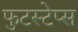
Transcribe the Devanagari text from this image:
फुटस्टेप्स